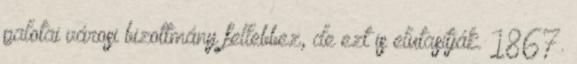
palotai városi bizottmány fellebbez, de ezt is elutasítják. 1867.